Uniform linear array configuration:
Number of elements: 12
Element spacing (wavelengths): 0.5
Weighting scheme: blackman
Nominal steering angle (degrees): -15
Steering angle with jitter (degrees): -15.573
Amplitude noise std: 0.05
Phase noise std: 0.05

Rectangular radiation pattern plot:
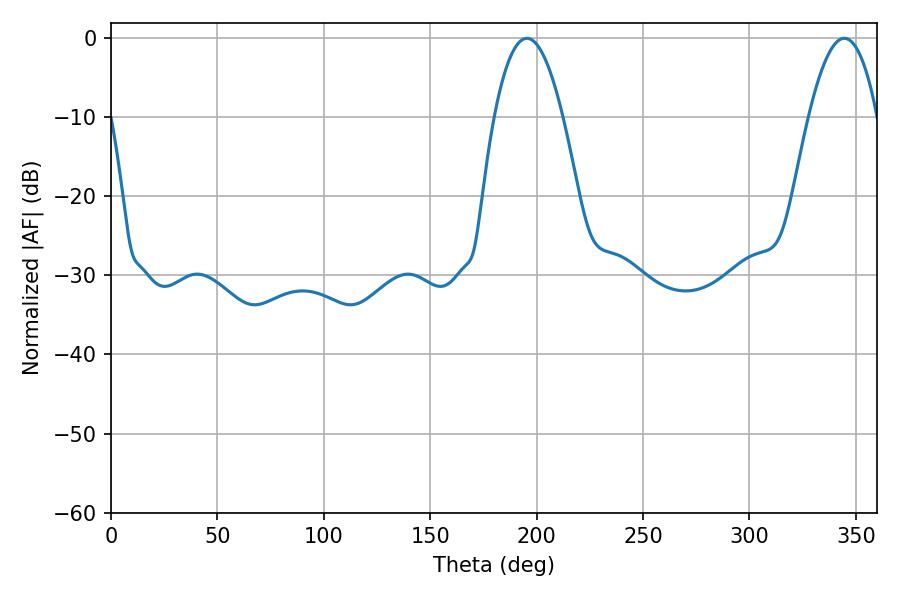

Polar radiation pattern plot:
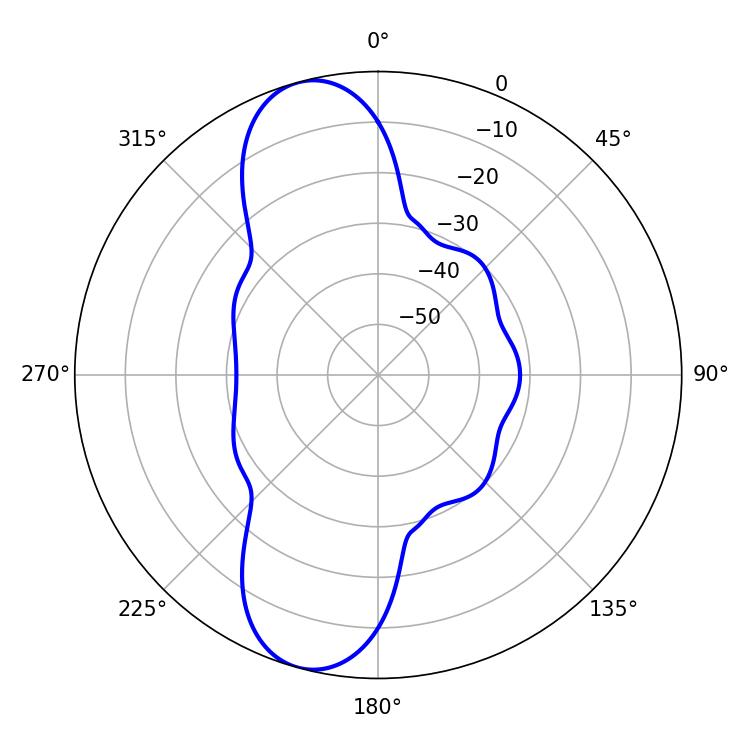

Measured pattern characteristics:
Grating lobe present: FALSE
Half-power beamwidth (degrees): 17.64
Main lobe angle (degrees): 195.48